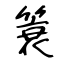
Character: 簑